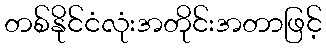
တစ်နိုင်ငံလုံးအတိုင်းအတာဖြင့်